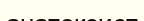
анатексист